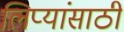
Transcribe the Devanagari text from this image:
लिप्यांसाठी